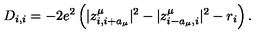
D _ { i , i } = - 2 e ^ { 2 } \left( | z _ { i , i + a _ { \mu } } ^ { \mu } | ^ { 2 } - | z _ { i - a _ { \mu } , i } ^ { \mu } | ^ { 2 } - r _ { i } \right) .